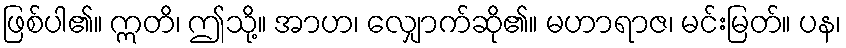
ဖြစ်ပါ၏။ ဣတိ၊ ဤသို့။ အာဟ၊ လျှောက်ဆို၏။ မဟာရာဇ၊ မင်းမြတ်။ ပန၊